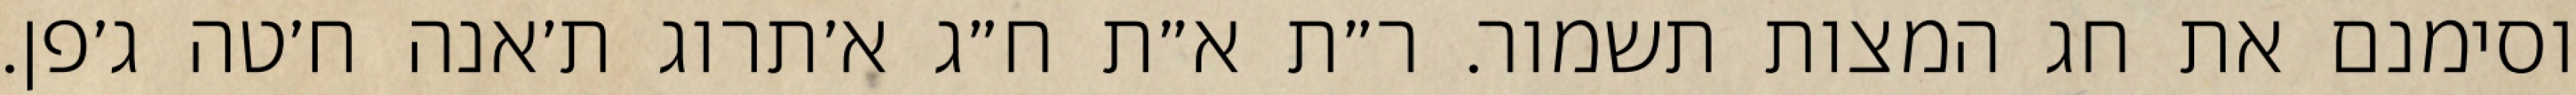
וסימנם את חג המצות תשמור. ר״ת א״ת ח״ג א׳תרוג ת׳אנה ח׳טה ג׳פן.